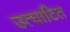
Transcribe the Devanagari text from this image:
उत्घाटित